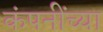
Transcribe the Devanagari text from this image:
कंपनींच्या